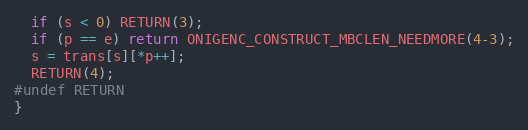
Language: C
  if (s < 0) RETURN(3);
  if (p == e) return ONIGENC_CONSTRUCT_MBCLEN_NEEDMORE(4-3);
  s = trans[s][*p++];
  RETURN(4);
#undef RETURN
}